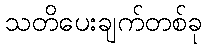
သတိပေးချက်တစ်ခု